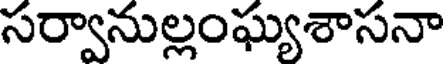
సర్వానుల్లంఘ్యశాసనా